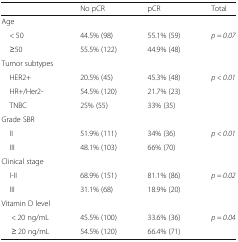
|  | No pCR | pCR | Total |
 | --- | --- | --- | --- |
 | <COLSPAN=4> Age |
 | < 50 | 44.5% (98) | 55.1% (59) | p = 0.07 |
 | ≥50 | 55.5% (122) | 44.9% (48) |  |
 | <COLSPAN=4> Tumor subtypes |
 | HER2+ | 20.5% (45) | 45.3% (48) | p < 0.01 |
 | HR+/Her2- | 54.5% (120) | 21.7% (23) |  |
 | TNBC | 25% (55) | 33% (35) |  |
 | <COLSPAN=4> Grade SBR |
 | II | 51.9% (111) | 34% (36) | p < 0.01 |
 | III | 48.1% (103) | 66% (70) |  |
 | <COLSPAN=4> Clinical stage |
 | I-II | 68.9% (151) | 81.1% (86) | p = 0.02 |
 | III | 31.1% (68) | 18.9% (20) |  |
 | <COLSPAN=4> Vitamin D level |
 | < 20 ng/mL | 45.5% (100) | 33.6% (36) | p = 0.04 |
 | ≥ 20 ng/mL | 54.5% (120) | 66.4% (71) |  |